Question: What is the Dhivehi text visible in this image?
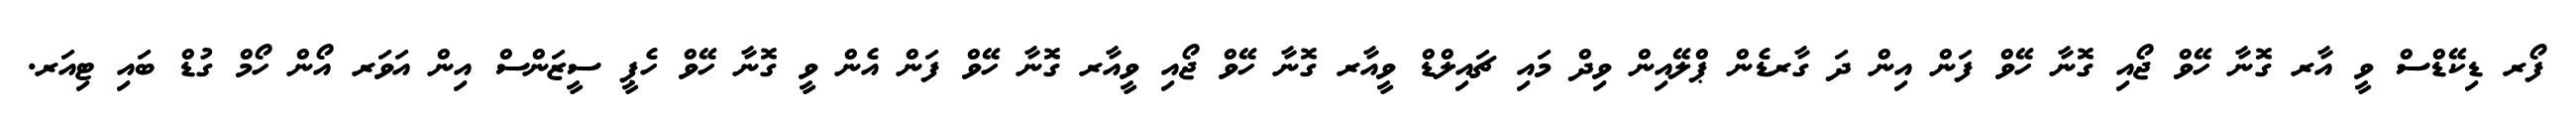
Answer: ފޯރ ޑިކޭޑްސް ވީ އާރ ގޮނާ ހޭވް ޖޯއި ގޮނާ ހޭވް ފަން އިން ދަ ގާރޑެން ޕްލޭއިން ވިދް މައި ޗައިލްޑް ވީއާރ ގޮނާ ހޭވް ޖޯއި ވީއާރ ގޮނާ ހޭވް ފަން އެން ވީ ގޮނާ ހޭވް ހެޕީ ސީޒަންސް އިން އަވަރ އޯން ހޯމް ގުޑް ބައި ޓިއަރ.